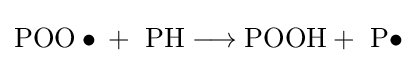
{\mathrm {POO} \bullet {}+{}\ \mathrm {PH} {}\mathrel {\longrightarrow } {}{\text{POOH}}{}+{}\ \mathrm {P} \bullet }